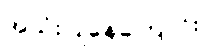
အသုံးပြုနေကြောင်း